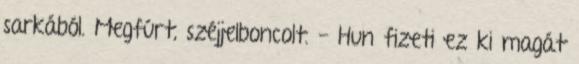
sarkából. Megfúrt, széjjelboncolt. - Hun fizeti ez ki magát